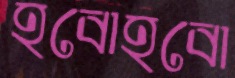
হবোহবো